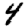
Digit: 4